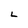
Character: L